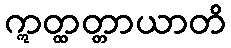
ဣတ္ထတ္တာယာတိ